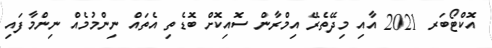
އޮކްޓޯބަރ 2021 އާއި މިދޭތެރޭ އިމްރާން ސޮއިކޮށް ބޮޑެތި އެތައް ނިންމުމެއް ނިންމާފައި